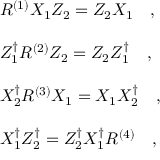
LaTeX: \begin{array} { l } { { R ^ { ( 1 ) } X _ { 1 } Z _ { 2 } = Z _ { 2 } X _ { 1 } \quad , } } \\ { { \, } } \\ { { Z _ { 1 } ^ { \dagger } R ^ { ( 2 ) } Z _ { 2 } = Z _ { 2 } Z _ { 1 } ^ { \dagger } \quad , } } \\ { { \, } } \\ { { X _ { 2 } ^ { \dagger } R ^ { ( 3 ) } X _ { 1 } = X _ { 1 } X _ { 2 } ^ { \dagger } \quad , } } \\ { { \, } } \\ { { X _ { 1 } ^ { \dagger } Z _ { 2 } ^ { \dagger } = Z _ { 2 } ^ { \dagger } X _ { 1 } ^ { \dagger } R ^ { ( 4 ) } \quad , } } \end{array}